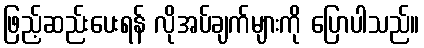
ဖြည့်ဆည်းပေးရန် လိုအပ်ချက်များကို ပြောပါသည်။